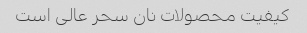
کیفیت محصولات نان سحر عالی است